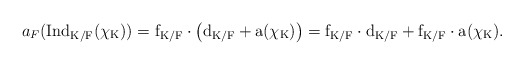
\begin{align*} a_F(\rm{Ind}_{K/F}(\chi_K))=f_{K/F}\cdot\left(d_{K/F}+a(\chi_K)\right)=f_{K/F}\cdot d_{K/F}+f_{K/F}\cdot a(\chi_K).\end{align*}